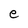
Character: e